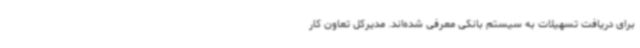
برای دریافت تسهیلات به سیستم بانکی معرفی شده‌اند. مدیرکل تعاون کار